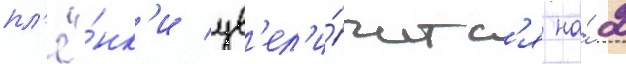
пл'ё́нк'и ув'ел'и́читс'я на́ 2